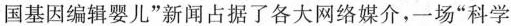
国基因编辑婴儿”新闻占据了各大网络媒介，一场”科学